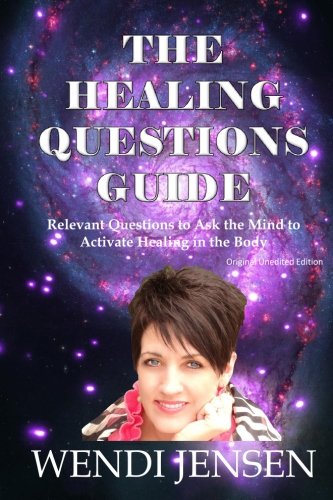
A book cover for The Healing Questions Guide: Relevant Questions to Ask the Mind to Activate Healing in the Body; Wendi J Jensen; Self-Help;